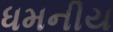
ધમનીય